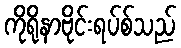
ကိုရိုနာဗိုင်းရပ်စ်သည်